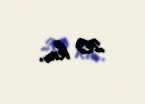
20 km.